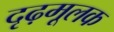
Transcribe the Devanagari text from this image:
दृढ़मूलक